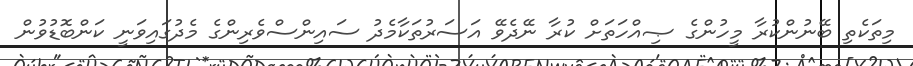
މިތަކެތި ބޭނުންކުރާ މީހުންގެ ޞިއްހަތަށް ކުރާ ނޭދެވޭ އަސަރުތަކާމެދު ސައިންސްވެރިންގެ މެދުގައިވަނީ ކަންބޮޑުވުން